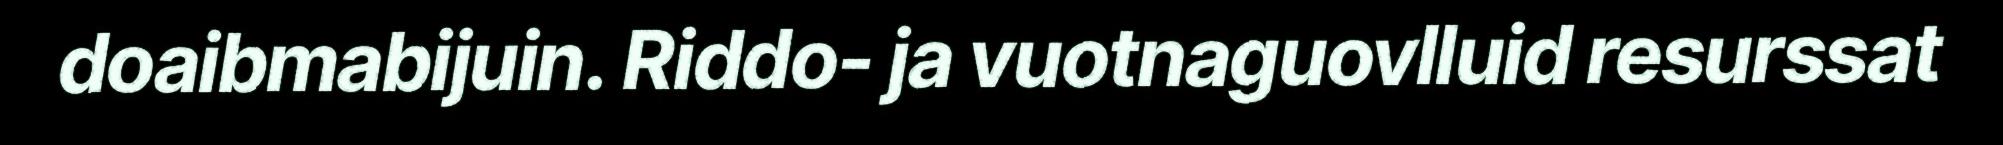
doaibmabijuin. Riddo- ja vuotnaguovlluid resurssat